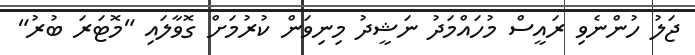
ޖަލު ހުންނެވި ރައީސް މުހައްމަދު ނަޝީދު މިނިވަން ކުރުމަށް ގޮވާލައި "މޮޓަރަ ބުރު"